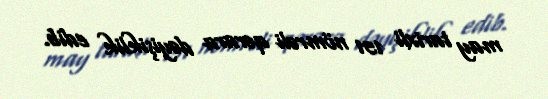
may tarixli 151 nömrəli qərara dəyişiklik edib.